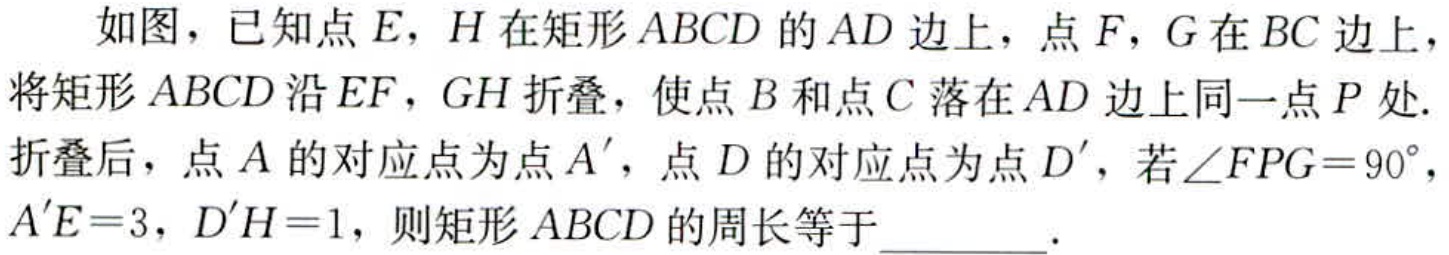
如图，已知点\(E\)，\(H\)在矩形\(ABCD\)的\(AD\)边上，点\(F\)，\(G\)在\(BC\)边上，将矩形\(ABCD\)沿\(EF\)，\(GH\)折叠，使点\(B\)和点\(C\)落在\(AD\)边上同一点\(P\)处.折叠后，点\(A\)的对应点为点\(A'\)，点\(D\)的对应点为点\(D'\)，若\(\angle FPG = 90^{\circ}\)，\(A'E = 3\)，\(D'H = 1\)，则矩形\(ABCD\)的周长等于  .